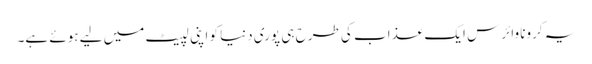
یہ کرونا وائرس ایک عذاب کی طرح ہی پوری دنیا کو اپنی لپیٹ میں لیے ہوئے ہے۔